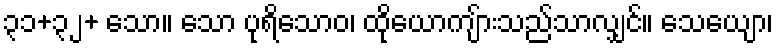
၃၁+၃၂+ သော။ သော ပုရိသောဝ၊ ထိုယောကျ်ားသည်သာလျှင်။ သေယျော၊